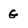
Character: G